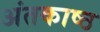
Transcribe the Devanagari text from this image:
अंतकाष्ठ